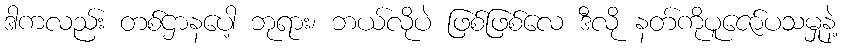
ဒါကလည်း တစ်ဌာနပေါ့ ဘုရား၊ ဘယ်လိုပဲ ဖြစ်ဖြစ်လေ ဒီလို နတ်ကိုပူဇော်ပသမှုနဲ့